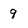
Character: 9